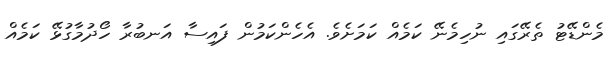
މެންޑޭޓު ތެރޭގައި ނުހިމެނޭ ކަމެއް ކަމަށެވެ. އެހެންކަމުން ފައިސާ އަނބުރާ ހޯދުމާގުޅޭ ކަމެއް